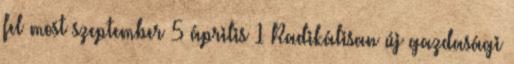
fel most szeptember 5 április 1 Radikálisan új gazdasági